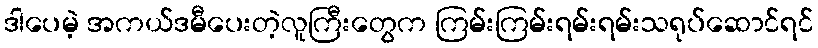
ဒါပေမဲ့ အကယ်ဒမီပေးတဲ့လူကြီးတွေက ကြမ်းကြမ်းရမ်းရမ်းသရုပ်ဆောင်ရင်